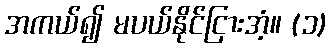
အကယ်၍ မပယ်နိုင်ငြားအံ့။ (၁)